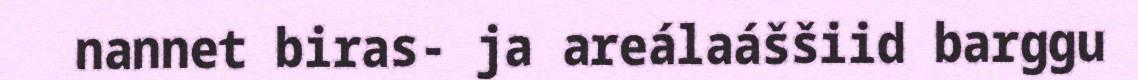
nannet biras- ja areálaáššiid barggu